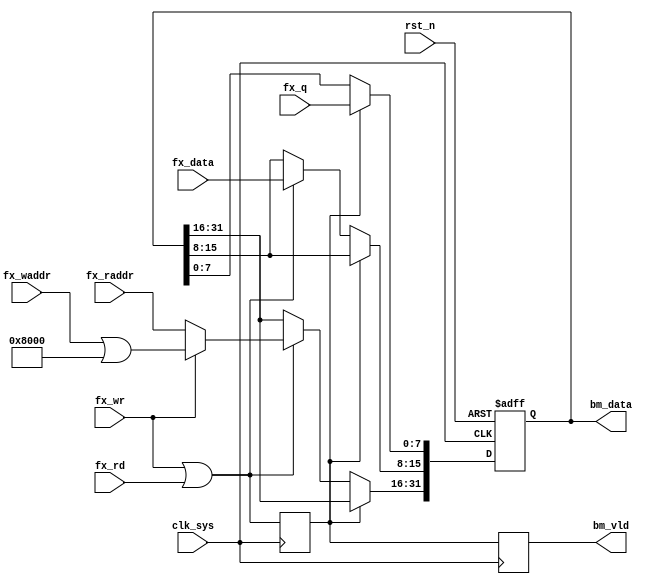
//fx_bm.v

module fx_bm(
//fx bus
fx_waddr,
fx_wr,
fx_data,
fx_rd,
fx_raddr,
fx_q,
//bm data 
bm_data,
bm_vld,
//clk rst
clk_sys,
rst_n
);
//fx bus
input [15:0]	fx_waddr;
input 				fx_wr;
input [7:0]	fx_data;
input				fx_rd;
input [15:0]	fx_raddr;
input  [7:0]	fx_q;
//bm data 
output [31:0]	bm_data;
output				bm_vld;
//clk rst
input clk_sys;
input rst_n;

//--------------------------------------
//--------------------------------------


//---------- bm_vld ------
wire fx_op = fx_wr | fx_rd;
reg  fx_op_reg;
reg  bm_vld;
always @(posedge clk_sys)	begin
	fx_op_reg <= fx_op;
	bm_vld <= fx_op_reg;
end


//--------- bm_data ---------
reg [31:0] bm_data;
always @ (posedge clk_sys or negedge rst_n)	begin
	if(~rst_n)
		bm_data <= 32'h0;
	else if(fx_op_reg)
		bm_data[7:0] <= fx_q;
	else if(fx_op)	begin
		bm_data[15:8] <= fx_data;
		bm_data[31:16] <= fx_wr ? (fx_waddr | 16'h8000) : fx_raddr;
	end
	else ;
end
	

endmodule